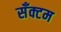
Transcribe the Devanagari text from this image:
सँक्टम